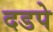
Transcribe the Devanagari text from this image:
दडपे